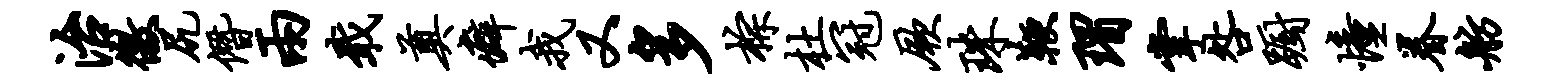
治徼尻僭两戢奠癖我又多棕杜冠厥珠鞭瑁掌咎蹰憧眷舫